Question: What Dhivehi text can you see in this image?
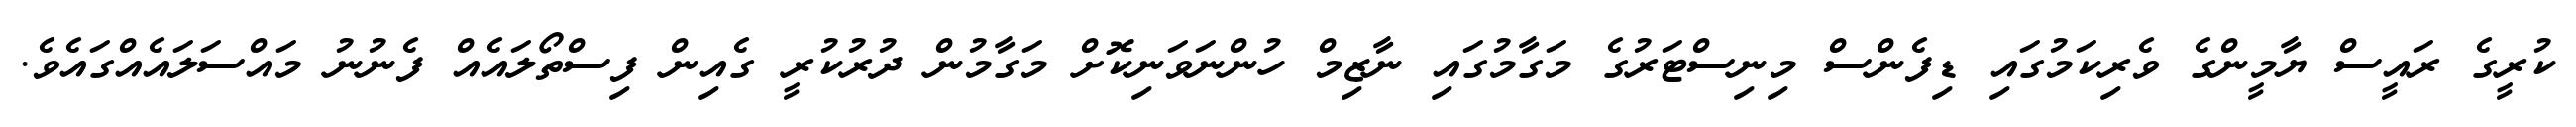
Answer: ކުރީގެ ރައީސް ޔާމީންގެ ވެރިކަމުގައި ޑިފެންސް މިނިސްޓަރުގެ މަގާމުގައި ނާޒިމް ހުންނަވަނިކޮށް މަގާމުން ދުރުކުރީ ގެއިން ފިސްތޯލައެއް ފެނުނު މައްސަލައެއްގައެވެ.